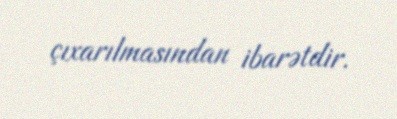
çıxarılmasından ibarətdir.